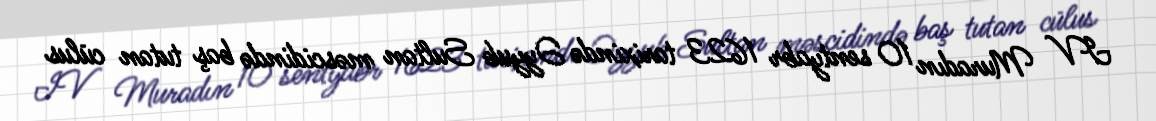
IV Muradın 10 sentyabr 1623 tarixində Əyyub Sultan məscidində baş tutan cülus